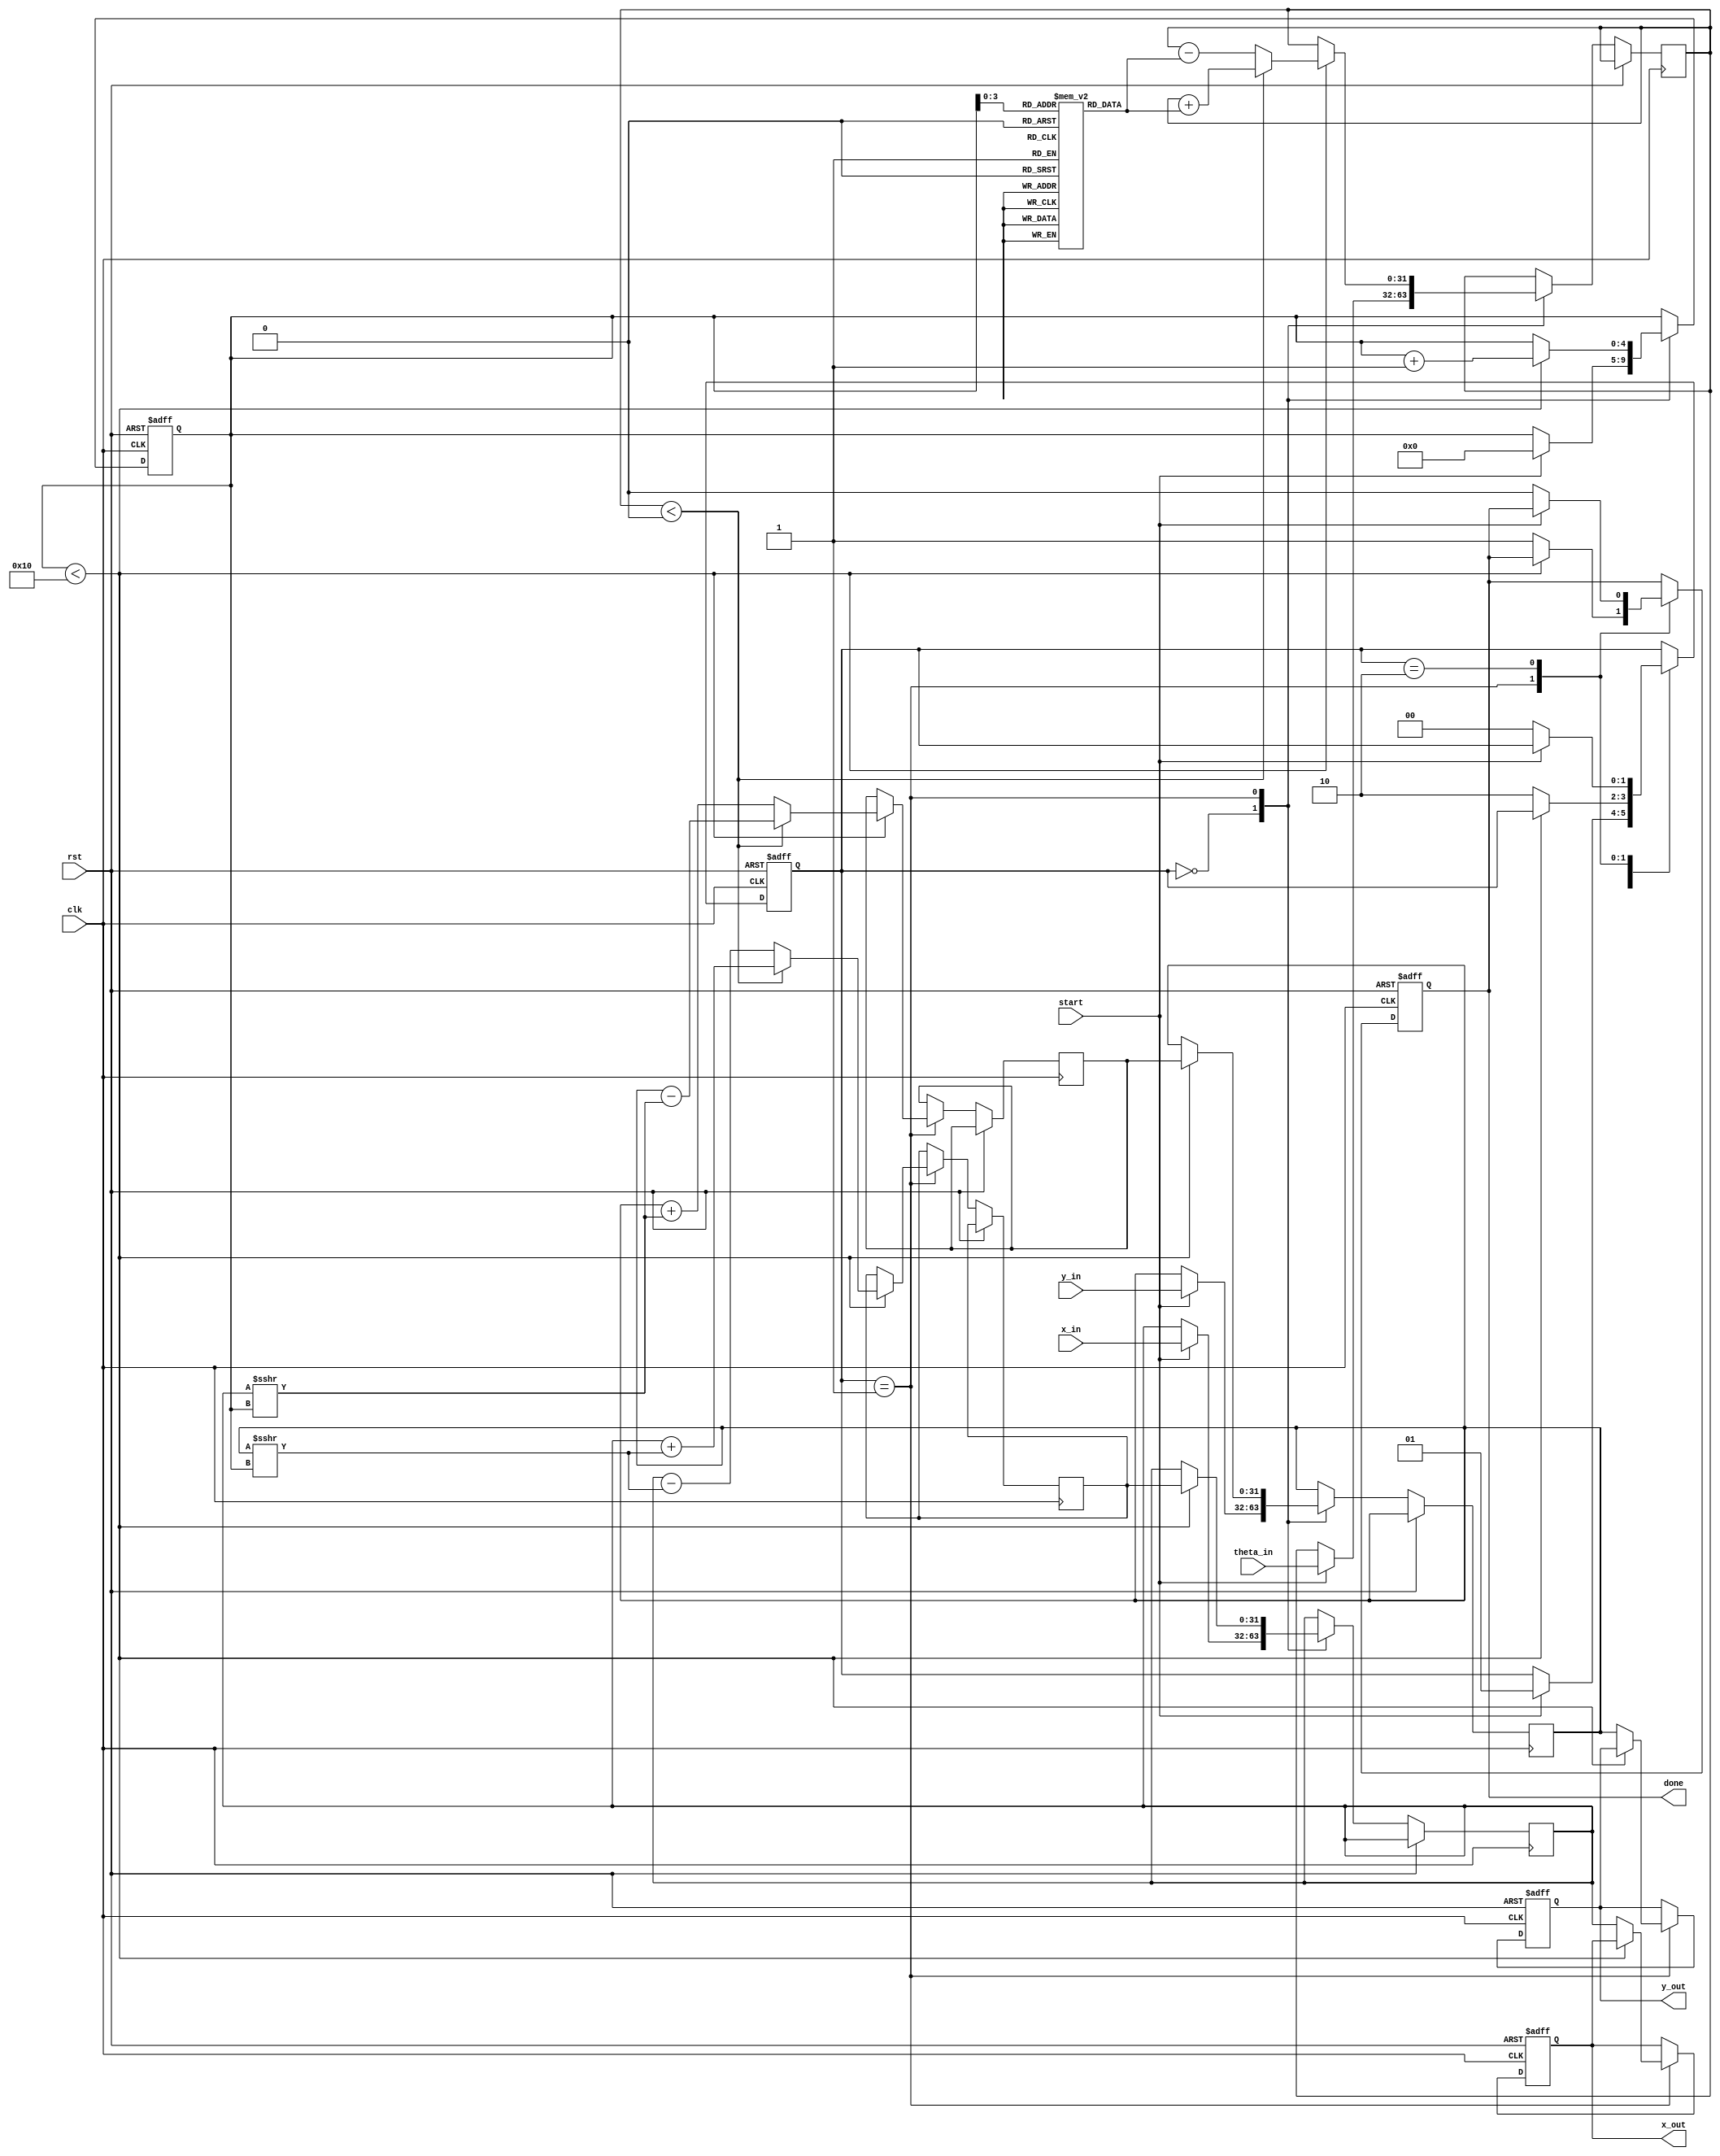
module cordic_fp (
    input wire clk,
    input wire rst,
    input wire start,
    input wire [31:0] x_in, // IEEE 754 single-precision floating-point input
    input wire [31:0] y_in, // IEEE 754 single-precision floating-point input
    input wire [31:0] theta_in, // Angle in radians (IEEE 754)
    output reg [31:0] x_out, // Output X coordinate
    output reg [31:0] y_out, // Output Y coordinate
    output reg done // Operation done flag
);

    // Constants for CORDIC
    parameter NUM_ITERATIONS = 16; // Number of iterations
    reg [31:0] atan_table [0:NUM_ITERATIONS-1]; // Lookup table for arctangent values
    reg [31:0] x_fixed, y_fixed; // Fixed-point representation
    reg [31:0] theta_fixed; // Fixed-point angle
    reg [4:0] iteration; // Iteration counter
    reg [1:0] state; // State machine
    reg [31:0] x_temp, y_temp; // Temporary variables for calculations

    // State machine states
    localparam IDLE = 2'b00;
    localparam CALCULATE = 2'b01;
    localparam DONE = 2'b10;

    // Initialize arctangent table
    initial begin
        // Populate atan_table with atan(2^-i) values in fixed-point format
        atan_table[0] = 32'h3F000000; // atan(1) = 45 degrees in radians
        atan_table[1] = 32'h3E2AAAAB; // atan(0.5)
        atan_table[2] = 32'h3D555555; // atan(0.25)
        // Continue filling the table for more iterations...
    end

    // Floating-point to fixed-point conversion (simplified)
    function [31:0] float_to_fixed(input [31:0] float_val);
        // Assuming a simple conversion; actual implementation should handle normalization
        float_to_fixed = float_val; // Placeholder
    endfunction

    // Fixed-point to floating-point conversion (simplified)
    function [31:0] fixed_to_float(input [31:0] fixed_val);
        // Assuming a simple conversion; actual implementation should handle normalization
        fixed_to_float = fixed_val; // Placeholder
    endfunction

    // CORDIC iterative engine
    always @(posedge clk or posedge rst) begin
        if (rst) begin
            state <= IDLE;
            done <= 0;
            iteration <= 0;
            x_out <= 0;
            y_out <= 0;
        end else begin
            case (state)
                IDLE: begin
                    if (start) begin
                        // Convert inputs to fixed-point
                        x_fixed <= float_to_fixed(x_in);
                        y_fixed <= float_to_fixed(y_in);
                        theta_fixed <= float_to_fixed(theta_in);
                        iteration <= 0;
                        state <= CALCULATE;
                    end
                end

                CALCULATE: begin
                    if (iteration < NUM_ITERATIONS) begin
                        // CORDIC rotation logic
                        if (theta_fixed < 0) begin
                            // Rotate clockwise
                            x_temp <= x_fixed + (y_fixed >>> iteration);
                            y_temp <= y_fixed - (x_fixed >>> iteration);
                            theta_fixed <= theta_fixed + atan_table[iteration];
                        end else begin
                            // Rotate counter-clockwise
                            x_temp <= x_fixed - (y_fixed >>> iteration);
                            y_temp <= y_fixed + (x_fixed >>> iteration);
                            theta_fixed <= theta_fixed - atan_table[iteration];
                        end
                        // Update fixed-point coordinates
                        x_fixed <= x_temp;
                        y_fixed <= y_temp;
                        iteration <= iteration + 1;
                    end else begin
                        // Finalize output
                        x_out <= fixed_to_float(x_fixed);
                        y_out <= fixed_to_float(y_fixed);
                        done <= 1;
                        state <= DONE;
                    end
                end

                DONE: begin
                    // Wait for reset or new start signal
                    if (!start) begin
                        state <= IDLE;
                        done <= 0;
                    end
                end
            endcase
        end
    end

endmodule